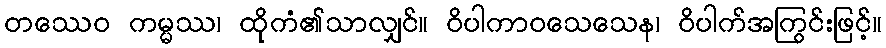
တဿေဝ ကမ္မဿ၊ ထိုကံ၏သာလျှင်။ ဝိပါကာဝသေသေန၊ ဝိပါက်အကြွင်းဖြင့်။